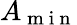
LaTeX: A_{\mathrm{~m~i~n~}}